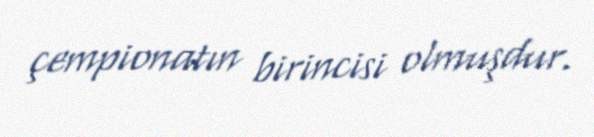
çempionatın birincisi olmuşdur.